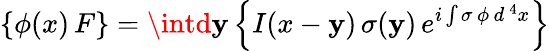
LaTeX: \left\{ \phi(x)\, F\right\} =\intd\mathbf{y}\left\{ I(x-\mathbf{y})\, \sigma(\mathbf{y})\, e^{i\int\sigma\, \phi\, d^{\, 4}x}\right\}